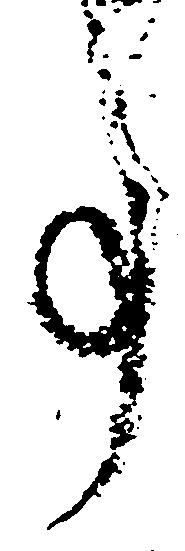
事